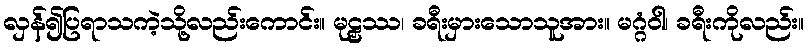
လှန်၍ပြရာသကဲ့သို့လည်းကောင်း။ မုဠှဿ၊ ခရီးမှားသောသူအား။ မဂ္ဂံဝါ၊ ခရီးကိုလည်း။